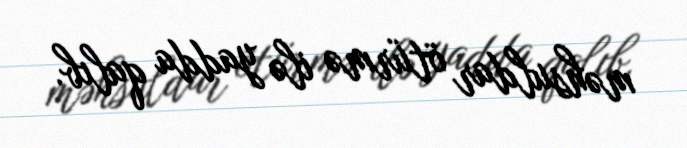
məhsuldar ötürmə ilə yadda qalıb.